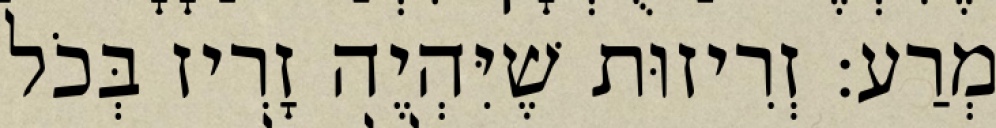
מְרַע: זְרִיזוּת שֶׁיִּהְיֶה זָרִיז בְּכֹל